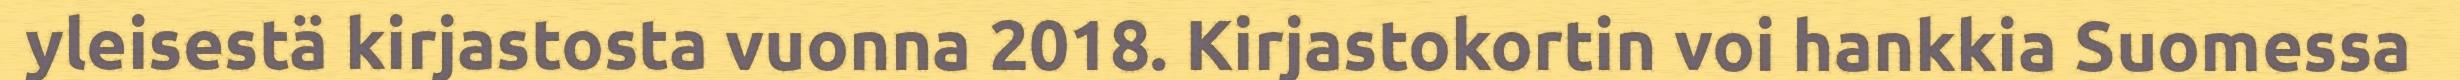
yleisestä kirjastosta vuonna 2018. Kirjastokortin voi hankkia Suomessa